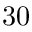
3 0